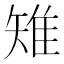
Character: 雉